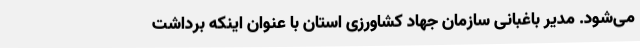
می‌شود. مدیر باغبانی سازمان جهاد کشاورزی استان با عنوان اینکه برداشت